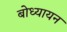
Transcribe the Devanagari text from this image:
बोध्यायन